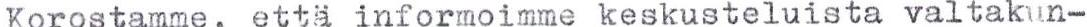
Korostamme, että informoimme keskusteluista valtakun-